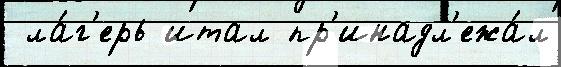
 ла́г'ерь итал пр'инадл'ежа́л